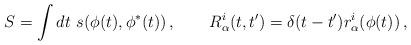
LaTeX: \begin{align*} S=\int dt~s(\phi(t),\phi^*(t))\,, \qquad R^i_\alpha(t,t^\prime)=\delta(t-t^\prime)r^i_\alpha(\phi(t))\,,\end{align*}